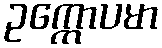
ဥက္ကောပမာ